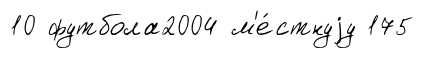
10 футбола2004 м'е́стнуjу 175